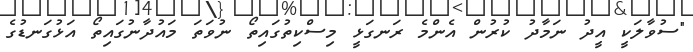
"ސުވާލަކީ އީދު ނަމާދު ކުރުން އެންމެ ރަނގަޅީ މިސްކިތުގައިތޯ ނުވަތަ މައުދާނުގައިތޯ އަޅުގަނޑުގެ